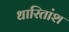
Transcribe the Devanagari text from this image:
धारितांश